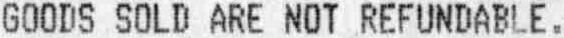
GOODS SOLD ARE NOT REFUNDABLE.